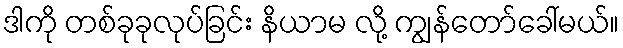
ဒါကို တစ်ခုခုလုပ်ခြင်း နိယာမ လို့ ကျွန်တော်ခေါ်မယ်။